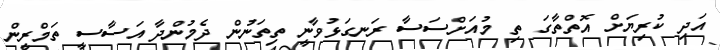
އަދި ކުރިޔަށް އޮތްތާގަ ތި މުއަށްސަސާ ރަނގަޅުވާނީ ތިތަނުން ދެމުންދާ އަސާސީ ތަމްރީން